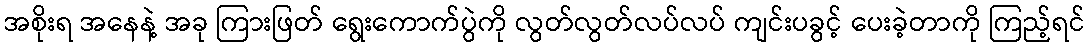
အစိုးရ အနေနဲ့ အခု ကြားဖြတ် ရွေးကောက်ပွဲကို လွတ်လွတ်လပ်လပ် ကျင်းပခွင့် ပေးခဲ့တာကို ကြည့်ရင်